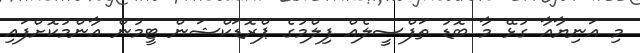
މި އަނިޔާއާ ގުޅޭ މާ ބޮޑު ތަފްސީލެއް ފިލްމުގެ ޕްރޮޑަކްޝަން ޓީމުން އާންމުކޮށްފައި